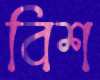
বিশ